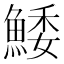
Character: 鯘